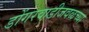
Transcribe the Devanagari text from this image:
डोंगरवाडीजवळच्या